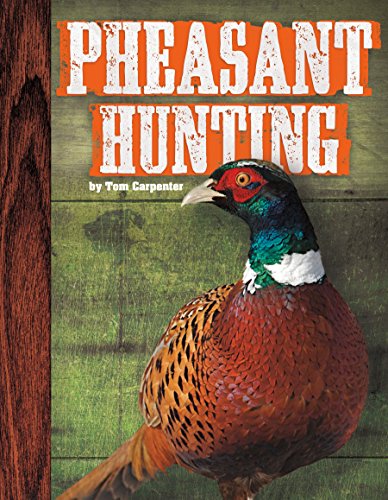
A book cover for Pheasant Hunting; Tom Carpenter; Children's Books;